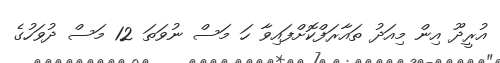
އުރީދޫ އިން މިއަދު ތައާރަފްކޮށްފައިވާ ހަ މަސް ނުވަތަ 12 މަސް ދުވަހުގެ